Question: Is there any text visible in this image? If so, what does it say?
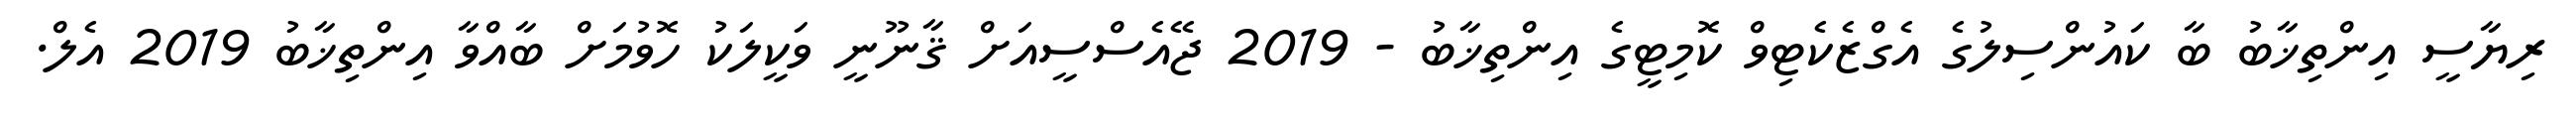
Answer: ރިޔާސީ އިންތިޚާބު ބާ ކައުންސިލުގެ އެގްޒެކެޓިވް ކޮމިޓީގެ އިންތިޚާބު - 2019 ޖޭއެސްސީއަށް ޤާނޫނީ ވަކީލަކު ހޮވުމަށް ބާއްވާ އިންތިޚާބު 2019 އެލް.